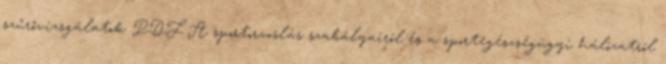
szűrővizsgálatok PDF A sportorvoslás szabályairól és a sportegészségügyi hálózatról